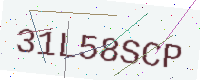
Text: 31L58SCP